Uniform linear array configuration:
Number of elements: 16
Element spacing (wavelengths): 0.25
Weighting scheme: cosine
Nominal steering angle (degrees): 60
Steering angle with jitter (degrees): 61.073
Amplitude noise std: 0.05
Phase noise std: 0.05

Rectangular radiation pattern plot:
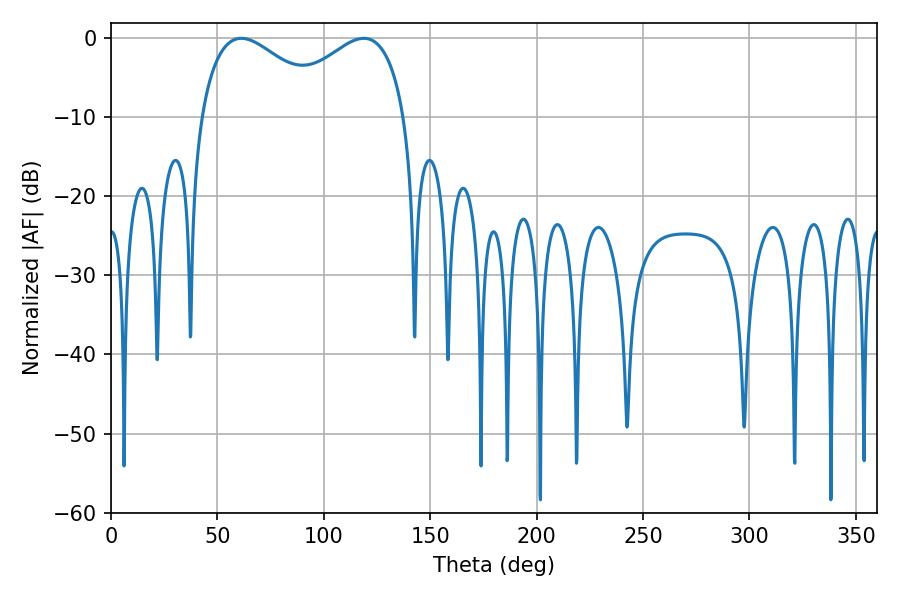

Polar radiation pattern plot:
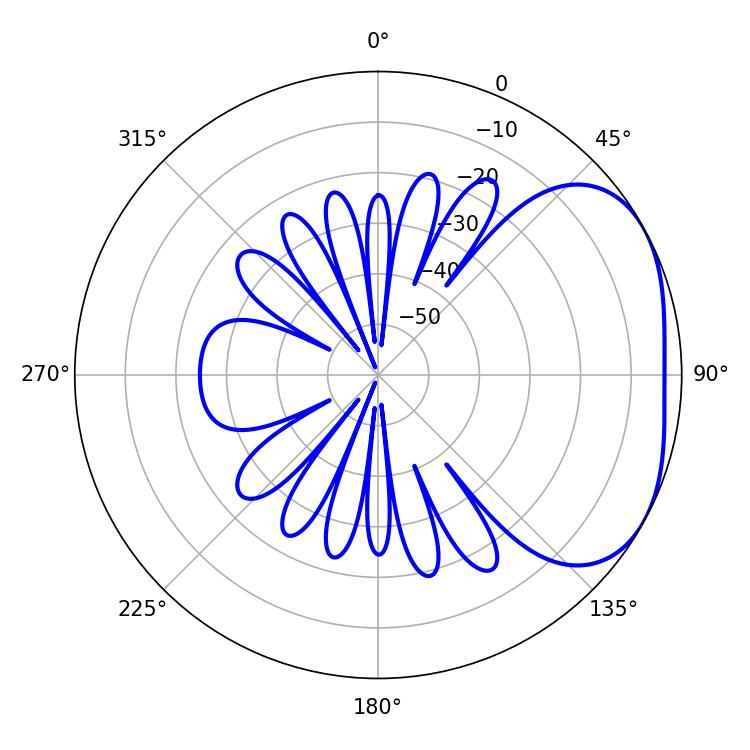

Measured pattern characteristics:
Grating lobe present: FALSE
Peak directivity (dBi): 3.048
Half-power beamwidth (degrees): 33.66
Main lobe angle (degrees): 61.2